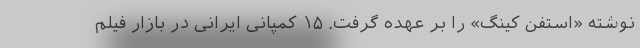
نوشته «استفن کینگ» را بر عهده گرفت. ۱۵ کمپانی ایرانی در بازار فیلم